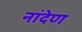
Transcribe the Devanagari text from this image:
नांदेण